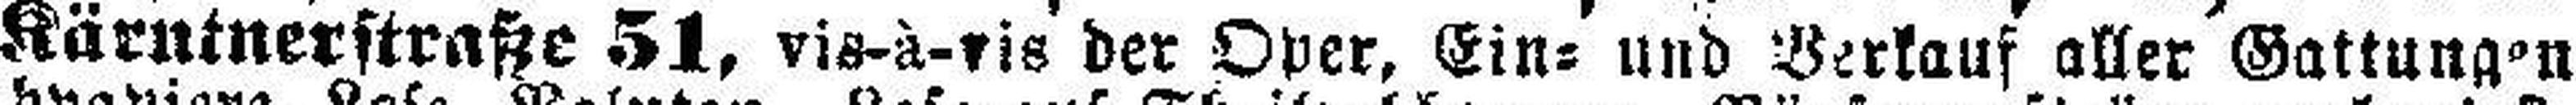
Kärntnerstraße 51, vis-à-vis der Oper, Ein= und Verkauf aller Gattungen